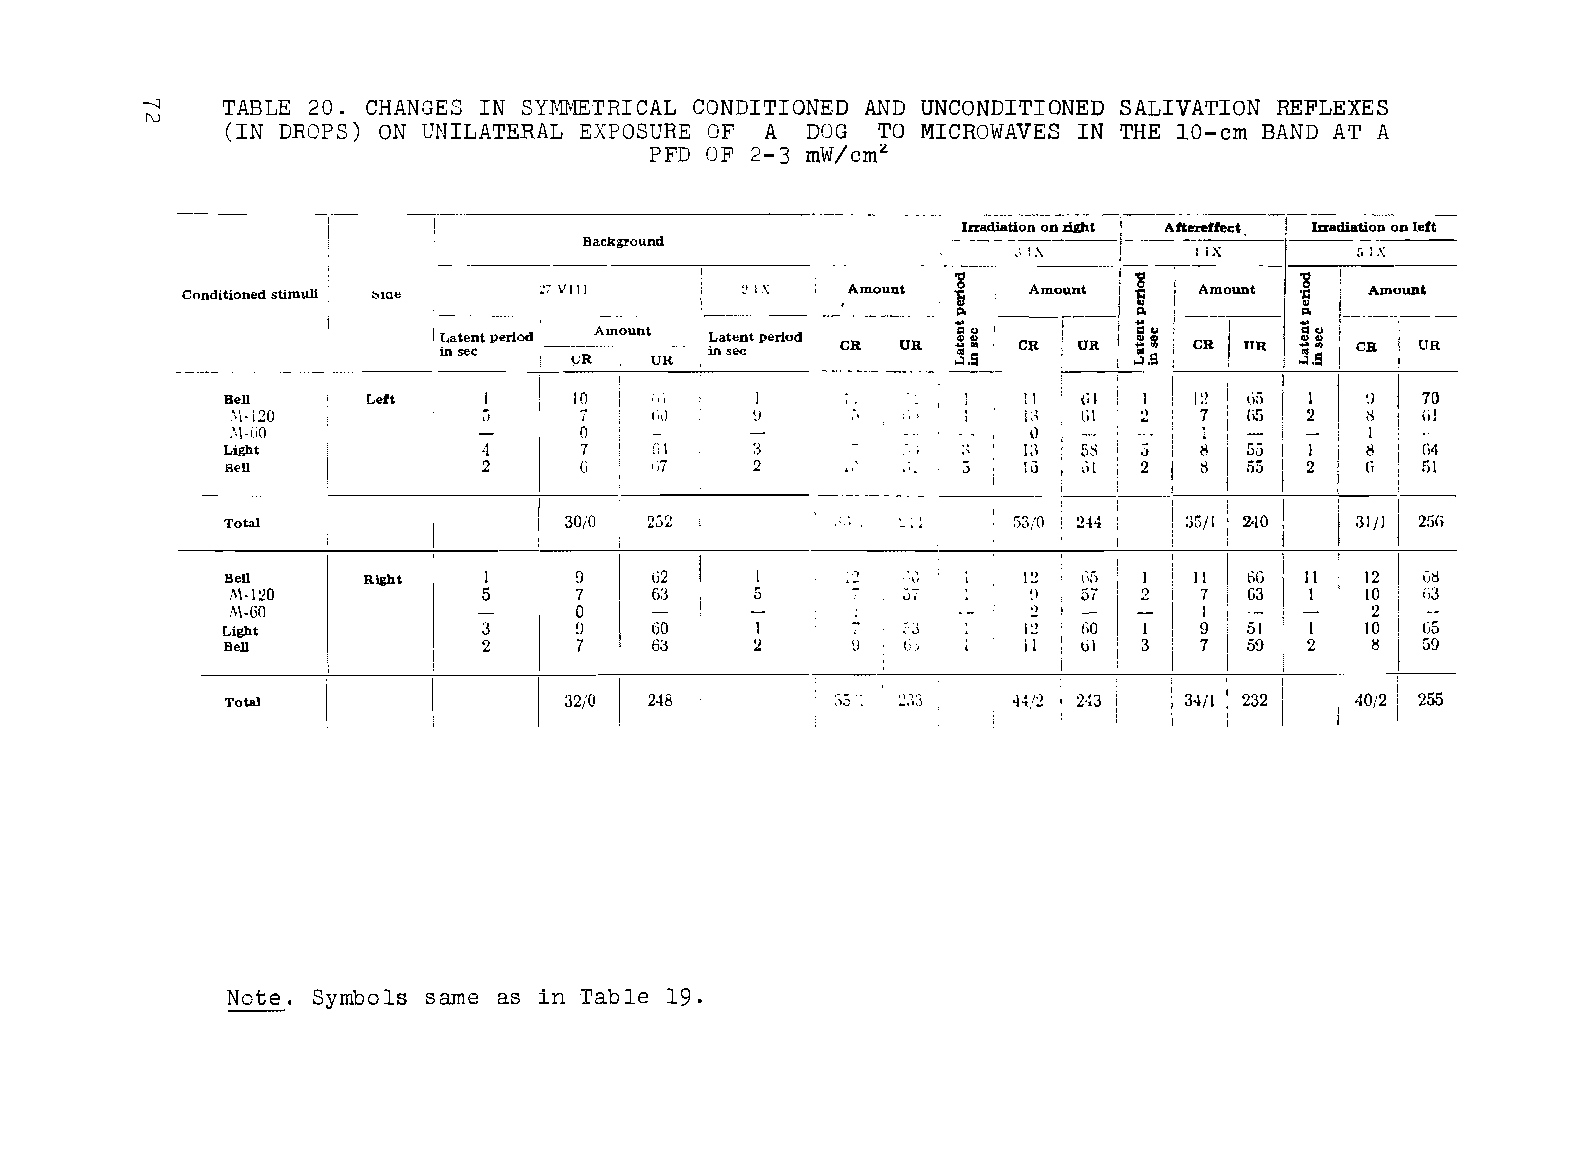
-.:j TABLE 20. CHANGES IN SYMMETRICAL CONDITIONED AND UNCONDITIONED SALIVATION REFLEXES
 f\J
 (IN DROPS) ON UNILATERAL EXPOSURE OF A DOG TO MICROWAVES IN THE 10-cm BAND AT A
 PFD OF 2-3 mW/cmL
 Irradiation on right   Irradiation on left
 Background                  ,;~ :-.\, ~-- : iX     ~I - I X- -----
 '8          '8
 Conditioned stimuli ~lQe 27 VITT     2 IX   Amount 1..  Amount II   Amount ~ . ". Amount
 ....         ""        ""
 iL na ste ecn t period
 UR
 :. iL na st ee cn t period CR UR ."< 31 ." S" o'$ -t< 1; .> S~ 0-"< -.1 1' ;.< .$",> CR UR
 ---.
 Bell     Left          10   iij                              I  I:) i ,i5   ~ ) 70
 ,\\·120          5      7          ~J                        2   7  (i5 2   8  (,j
 ,\\·(i0                 o                                                   I
 Light            4      7   ,G,7\  3                 13  5S  ,)  8  55  J   Il  (;4
 Bell             2      G          2             ::; II  ,il 2   tS fi5 2   Ii 51
 Total                  30;0 252                     5;)/0 2H    aGO 240    31 Jl 25G
 .     ,
 Bell     Right   1     9    62            ,)         12  (}[) 1 II  66  11  12  Gil
 '\\·120          5     7    6:3    5         vi      \1  57  :2  7  G3  1   10  63
 M·GO                   o                     ..,     2           1          :2
 Light            3     !l   60               .::.)   12  GO  I   () 51  I   10
 Bell             2     7    63     2      ~) lij     11  til 3   7  59  2   8
 I              i
 I
 Total                  32;0 248         ",),J l -) ,- - ),., ,.. ), 44/2 243 34/1 232 40/2 255
 I
 Note. Symbols same as in Table 19.